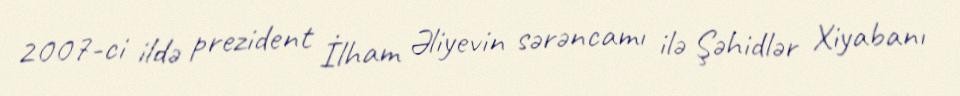
2007-ci ildə prezident İlham Əliyevin sərəncamı ilə Şəhidlər Xiyabanı